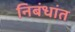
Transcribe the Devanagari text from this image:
निबंधांत